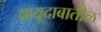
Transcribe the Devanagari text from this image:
वायूदाबातील